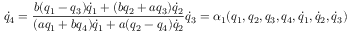
{ \dot { q } } _ { 4 } = \frac { b ( q _ { 1 } - q _ { 3 } ) { \dot { q } } _ { 1 } + ( b q _ { 2 } + a q _ { 3 } ) { \dot { q } } _ { 2 } } { ( a q _ { 1 } + b q _ { 4 } ) { \dot { q } } _ { 1 } + a ( q _ { 2 } - q _ { 4 } ) { \dot { q } } _ { 2 } } { \dot { q } } _ { 3 } = \alpha _ { 1 } ( q _ { 1 } , q _ { 2 } , q _ { 3 } , q _ { 4 } , { \dot { q } } _ { 1 } , { \dot { q } } _ { 2 } , { \dot { q } } _ { 3 } )